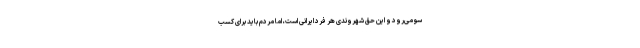
سو می‌رود و این حق شهروندی هر فرد ایرانی است، اما مردم باید برای کسب